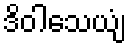
ဒိဝါသေယျံ